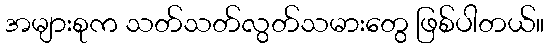
အများစုက သတ်သတ်လွတ်သမားတွေ ဖြစ်ပါတယ်။